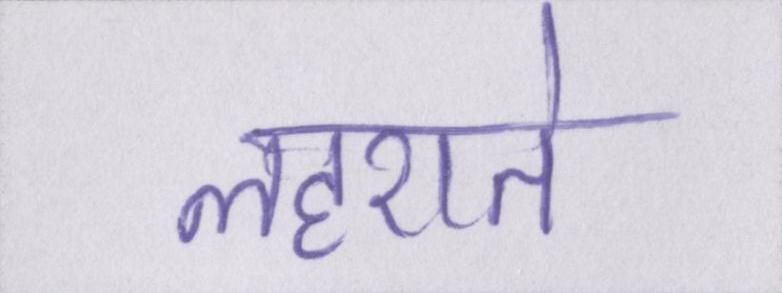
लहराते